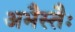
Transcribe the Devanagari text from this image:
अभैस्तैः